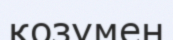
қозумен